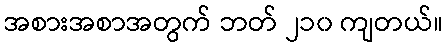
အစားအစာအတွက် ဘတ် ၂၁၀ ကျတယ်။